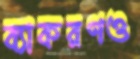
ব্যাকরণও